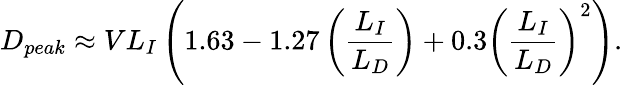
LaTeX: D_{peak}\approx VL_{I}\left(1.63-1.27\left(\frac{L_{I}}{L_{D}}\right)+0.3\left(\frac{L_{I}}{L_{D}}\right)^{2}\right).